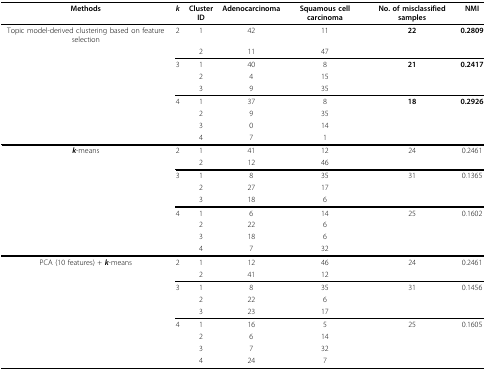
| Methods | k | Cluster ID | Adenocarcinoma | Squamous cell carcinoma | No. of misclassified samples | NMI |
 | --- | --- | --- | --- | --- | --- | --- |
 | Topic model-derived clustering based on feature selection | 2 | 1 | 42 | 11 | 22 | 0.2809 |
 |  |  | 2 | 11 | 47 |  |  |
 |  | 3 | 1 | 40 | 8 | 21 | 0.2417 |
 |  |  | 2 | 4 | 15 |  |  |
 |  |  | 3 | 9 | 35 |  |  |
 |  | 4 | 1 | 37 | 8 | 18 | 0.2926 |
 |  |  | 2 | 9 | 35 |  |  |
 |  |  | 3 | 0 | 14 |  |  |
 |  |  | 4 | 7 | 1 |  |  |
 | k-means | 2 | 1 | 41 | 12 | 24 | 0.2461 |
 |  |  | 2 | 12 | 46 |  |  |
 |  | 3 | 1 | 8 | 35 | 31 | 0.1365 |
 |  |  | 2 | 27 | 17 |  |  |
 |  |  | 3 | 18 | 6 |  |  |
 |  | 4 | 1 | 6 | 14 | 25 | 0.1602 |
 |  |  | 2 | 22 | 6 |  |  |
 |  |  | 3 | 18 | 6 |  |  |
 |  |  | 4 | 7 | 32 |  |  |
 | PCA (10 features) + k-means | 2 | 1 | 12 | 46 | 24 | 0.2461 |
 |  |  | 2 | 41 | 12 |  |  |
 |  | 3 | 1 | 8 | 35 | 31 | 0.1456 |
 |  |  | 2 | 22 | 6 |  |  |
 |  |  | 3 | 23 | 17 |  |  |
 |  | 4 | 1 | 16 | 5 | 25 | 0.1605 |
 |  |  | 2 | 6 | 14 |  |  |
 |  |  | 3 | 7 | 32 |  |  |
 |  |  | 4 | 24 | 7 |  |  |